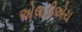
એલડીએચ